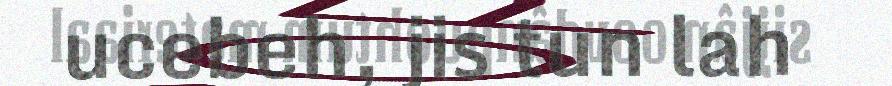
ucebeh, jis tun lah